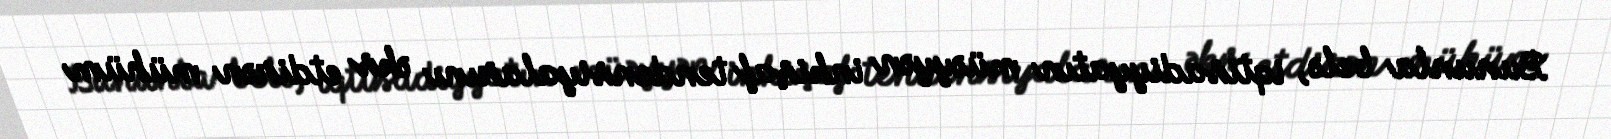
Bununla belə, iqtisadiyyatın müəyyən inkişaf tendensiyalarını əks etdirən mühüm